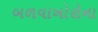
બળવાખોરોના